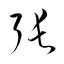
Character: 張